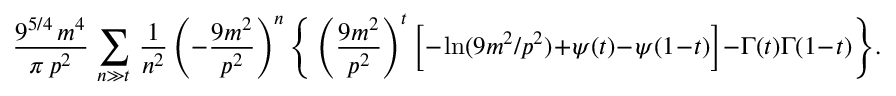
\frac { 9 ^ { 5 / 4 } \, m ^ { 4 } } { \pi \, p ^ { 2 } } \, \sum _ { n \gg t } \, \frac { 1 } { n ^ { 2 } } \left( - \frac { 9 m ^ { 2 } } { p ^ { 2 } } \right) ^ { n } \Bigg \{ \left( \frac { 9 m ^ { 2 } } { p ^ { 2 } } \right) ^ { t } \Big [ - \ln ( 9 m ^ { 2 } / p ^ { 2 } ) + \psi ( t ) - \psi ( 1 - t ) \Big ] - \Gamma ( t ) \Gamma ( 1 - t ) \Bigg \} .